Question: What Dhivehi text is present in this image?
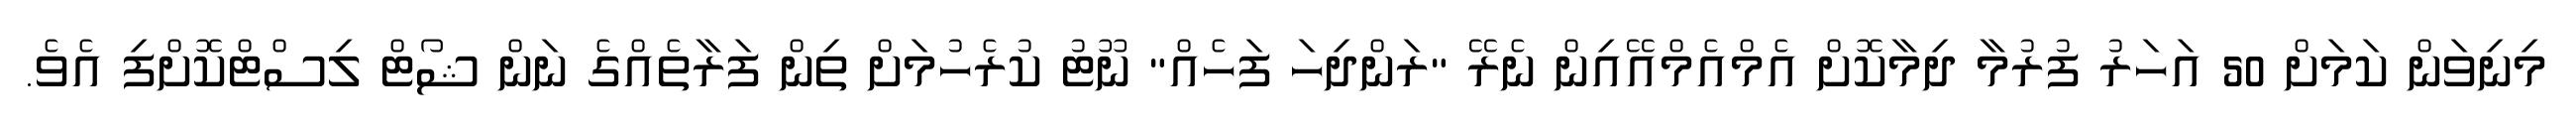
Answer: މިނިވަން ކަމަށް 50 އަހަރު ފުރުމާ ދިމާކޮށް އެމްއެމްއޭއިން ނެރޭ "ރަންދިހަ ފަހެއް" ނޫޓު ކުރެހުމަށް ތިން ފަރާތެއްގެ ނަން ޝޯޓް ލިސްޓްކޮށްފި އެވެ.